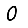
Digit: 0